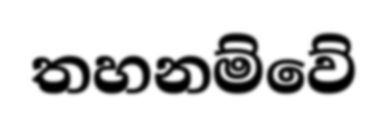
තහනම්වේ